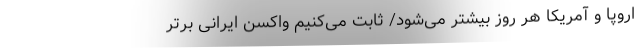
اروپا و آمریکا هر روز بیشتر می‌شود/ ثابت می‌کنیم واکسن ایرانی برتر